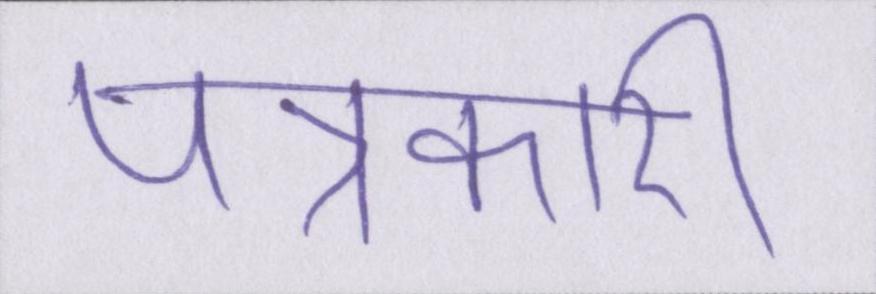
पत्रकारी